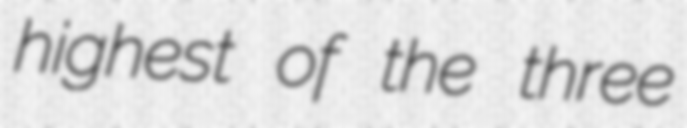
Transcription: highest of the three